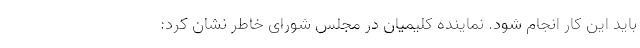
باید این کار انجام شود. نماینده کلیمیان در مجلس شورای خاطر نشان کرد: